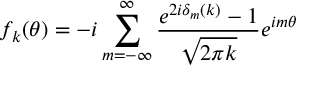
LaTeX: f _ { k } ( \theta ) = - i \sum _ { m = - \infty } ^ { \infty } { \frac { e ^ { 2 i \delta _ { m } ( k ) } - 1 } { \sqrt { 2 \pi k } } } e ^ { i m \theta } \,